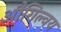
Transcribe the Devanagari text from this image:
औगिल्वय